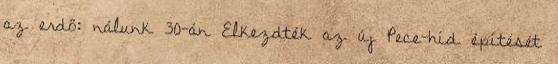
az erdő: nálunk 30-án Elkezdték az új Pece-híd építését